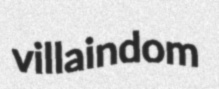
villaindom